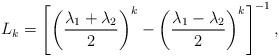
LaTeX: \begin{align*} L_k = \left[\left(\frac{\lambda_1+ \lambda_2}{2}\right)^{k}-\left(\frac{\lambda_1- \lambda_2}{2}\right)^{k}\right]^{-1}, \end{align*}